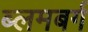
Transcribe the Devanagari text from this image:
ब्लमबर्ग